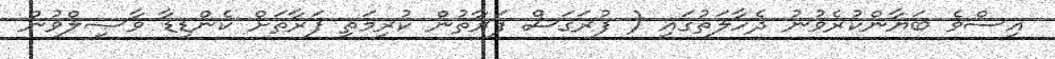
އިސްވެ ބަޔާންކުރެވުނު ދެހާލަތުގައި ( ފުރަގަސް ފަރާތުން ކުރިމަތި ފަރާތަށް ކެންޑިޑާ ވާޞިލްވުން